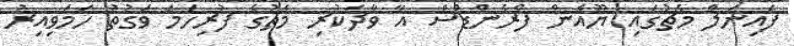
ފައިނަލް މެޗުގައި ޔޫއެން ފްރެންޑްސް އާ ވާދަކުރި މެޗުގެ ފުރިހަމަ ވަގުތު ހަމަވިއިރު